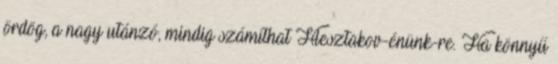
ördög, a nagy utánzó, mindig számíthat Hlesztakov-énünk-re. Ha könnyű